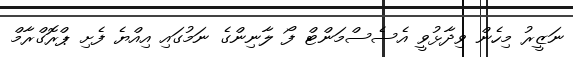
ނަޒީރު މިހެން ވިދާޅުވީ އެސެސްމަންޓް ފޯ ލާނިންގެ ނަމުގައި އިއްޔެ ފެށި ޕްރޮގްރާމް